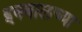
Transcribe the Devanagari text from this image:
इक्बालच्या